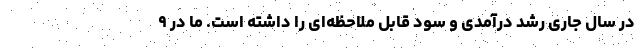
در سال جاری رشد درآمدی و سود قابل ملاحظه‌ای را داشته است. ما در ۹